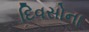
દિવસોના